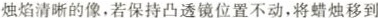
烛焰清晰的像，若保持凸透镜位置不动，将蜡烛移到